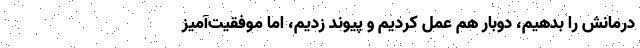
درمانش را بدهیم، دوبار هم عمل کردیم و پیوند زدیم، اما موفقیت‌آمیز